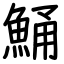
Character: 鯒